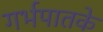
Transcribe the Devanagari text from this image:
गर्भपातके